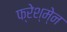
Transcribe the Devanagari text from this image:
फ्रेश्मे्न